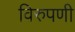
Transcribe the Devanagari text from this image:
विरुपणी